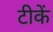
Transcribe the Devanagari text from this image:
टीकें